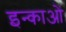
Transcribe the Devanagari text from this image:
इन्काओं